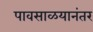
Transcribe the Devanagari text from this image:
पावसाळयानंतर